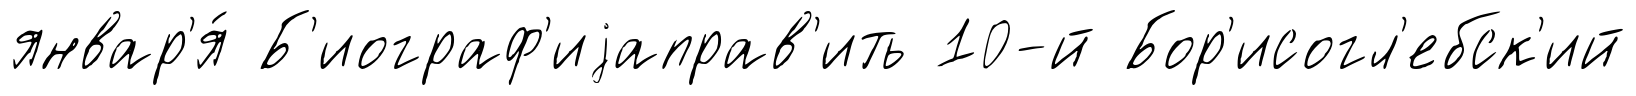
январ'я́ Б'иограф'иjаправ'ить 10-й Бор'исогл'ебск'ий